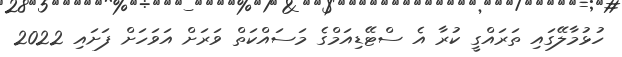
ހުޅުމާލޭގައި ތަރައްގީ ކުރާ އެ ސްޓޭޑިއަމްގެ މަސައްކަތް ވަރަށް އަވަހަށް ފަށައި 2022